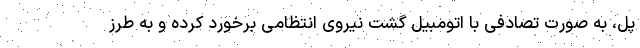
پل، به صورت تصادفی با اتومبیل گشت نیروی انتظامی برخورد کرده و به طرز